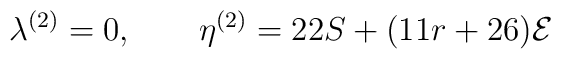
\lambda^{(2)}=0, \qquad \eta^{(2)}=22S+(11r+26){\cal{E}}